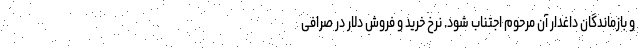
و بازماندگان داغدار آن مرحوم اجتناب شود. نرخ خرید و فروش دلار در صرافی